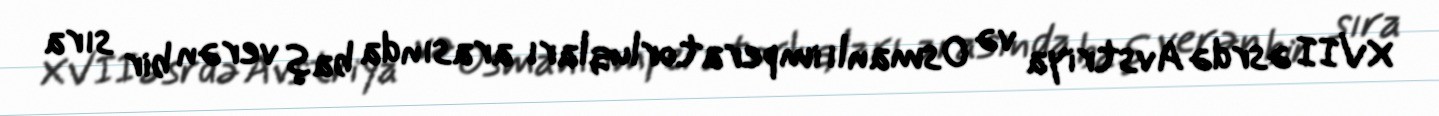
XVII əsrdə Avstriya və Osmanlı imperatorluqları arasında baş verən bir sıra